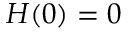
H ( 0 ) = 0